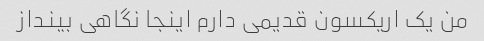
من یک اریکسون قدیمی دارم اینجا نگاهی بینداز